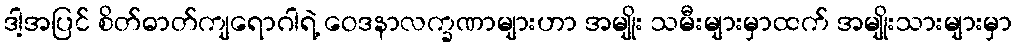
ဒါ့အပြင် စိတ်ဓာတ်ကျရောဂါရဲ့ ဝေဒနာလက္ခဏာများဟာ အမျိုး သမီးများမှာထက် အမျိုးသားများမှာ